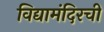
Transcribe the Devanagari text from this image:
विद्यामंदिरची